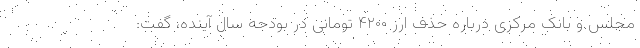
مجلس و بانک مرکزی درباره حذف ارز ۴۲۰۰ تومانی در بودجه سال آینده، گفت: